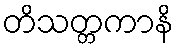
တိသတ္တကာနိ